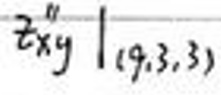
$z x ^ { n } y \mid ( 9, 3, 3 )$